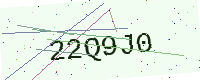
Text: 22Q9J0